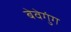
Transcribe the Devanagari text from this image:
बेवेगुंग